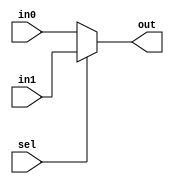
module mux2to1_cond(	out,
			in0,
			in1,
			sel );

output		out	;
input		in0	;
input		in1	;
input		sel	;

assign	out = (sel)? in1 : in0 ;

endmodule

//================================================

module mux2to1_if( out, in0, in1, sel);

output		out	;

input		in0	;
input		in1	;
input		sel	;

reg		out	;

always @(in0, in1, sel) begin
	if(sel == 1'b0) begin
		out = in0;
	end else begin
		out = in1;
	end
end
endmodule

//================================================

module mux2to1_case(	out,
			in0,
			in1,
			sel );

output		out	;
input		in0	;
input		in1	;
input		sel	;

reg		out	;

always @(in0, in1, sel) begin
	case({sel, in0, in1})
		3'b000 : out = in0	;
		3'b001 : out = in0	;
		3'b010 : out = in0	;
		3'b011 : out = in0	;
		3'b100 : out = in1	;
		3'b101 : out = in1	;
		3'b110 : out = in1	;
		3'b111 : out = in1	;
	endcase
end

endmodule



//================================================

module mux4to1_inst(	out,
			in0,
			in1,
			in2,
			in3,
			sel );

output		out	;

input		in0	;
input		in1	;
input		in2	;
input		in3	;

input	[1:0]	sel	;
		
wire 	[1:0]	o_mux2	;

mux2to1_case mux_U0(	.out ( o_mux2[0]),
			.in0 ( in0	),
			.in1 ( in1	),
			.sel ( sel[0]	));

mux2to1_case mux_U1(	.out ( o_mux2[1]),
			.in0 ( in2	),
			.in1 ( in3	),
			.sel ( sel[0]	));

mux2to1_case mux_U2(	.out ( out	),
			.in0 ( o_mux2[0] ),
			.in1 ( o_mux2[1]	),
			.sel ( sel[1]	));

endmodule


//================================================
module mux4to1_case(	out,
			in0,
			in1,
			in2,
			in3,
			sel);

output	out;

input	in0;
input	in1;
input	in2;
input	in3;
input	[1:0] sel;

reg	out;

always @(sel, in0, in1, in2, in3) begin
	case(sel)
	  2'b00 : out = in0;
	  2'b01 : out = in1;
	  2'b10 : out = in2;
	  2'b11 : out = in3;
	endcase
end

endmodule

//=================================================
module mux4to1_if( out, in0, in1, in2, in3, sel);

output		out	;

input		in0	;
input		in1	;
input		in2	;
input		in3	;
input		sel	;

reg		out	;

always @(sel, in0, in1, in2, in3) begin
	if(sel == 2'b00) begin
		out = in0;
	end else if(sel == 2'b01) begin
		out = in1;
	end else if(sel == 2'b10) begin
		out = in2;
	end else begin
		out = in3;
	end
end
endmodule